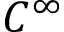
C ^ { \infty }